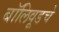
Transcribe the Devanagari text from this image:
बॉलिवूडचे